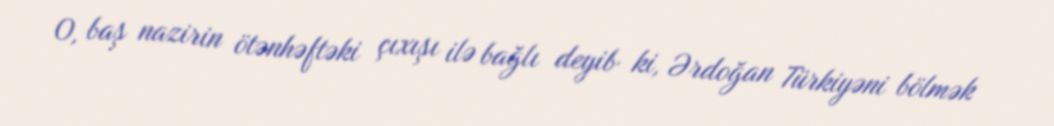
O, baş nazirin ötənhəftəki çıxışı ilə bağlı deyib ki, Ərdoğan Türkiyəni bölmək